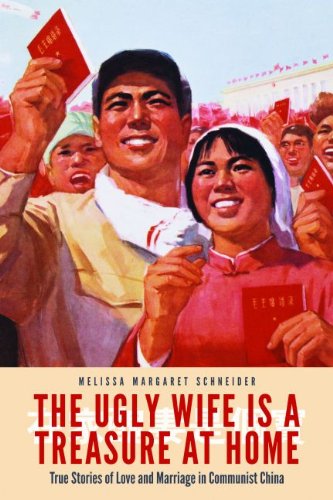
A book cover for The Ugly Wife Is a Treasure at Home: True Stories of Love and Marriage in Communist China; Melissa Margaret Schneider; Self-Help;